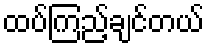
ထပ်ကြည့်ချင်တယ်